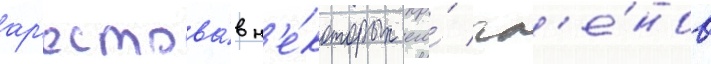
ар'естова́в н'е́которых его́ чл'е́нов